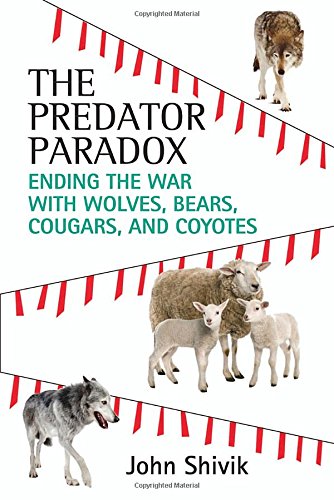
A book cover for The Predator Paradox: Ending the War with Wolves, Bears, Cougars, and Coyotes; John Shivik; Science & Math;